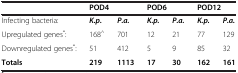
<table><thead><tr><td><b> </b></td><td colspan="2"><b>POD4</b></td><td colspan="2"><b>POD6</b></td><td colspan="2"><b>POD12</b></td></tr></thead><tbody><tr><td>Infecting bacteria:</td><td><b><i>K.p.</i></b></td><td><b><i>P.a.</i></b></td><td><b><i>K.p.</i></b></td><td><b><i>P.a.</i></b></td><td><b><i>K.p.</i></b></td><td><b><i>P.a.</i></b></td></tr><tr><td>Upregulated genes<sup>*</sup>:</td><td>168<sup>^</sup></td><td>701</td><td>12</td><td>21</td><td>77</td><td>129</td></tr><tr><td>Downregulated genes<sup>*</sup>:</td><td>51</td><td>412</td><td>5</td><td>9</td><td>85</td><td>32</td></tr><tr><td><b>Totals</b></td><td><b>219</b></td><td><b>1113</b></td><td><b>17</b></td><td><b>30</b></td><td><b>162</b></td><td><b>161</b></td></tr></tbody></table>